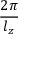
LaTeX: \frac { 2 \pi } { l _ { z } }